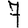
Digit: 7